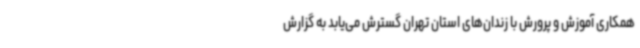
همکاری آموزش و پرورش با زندان‌های استان تهران گسترش می‌یابد به گزارش